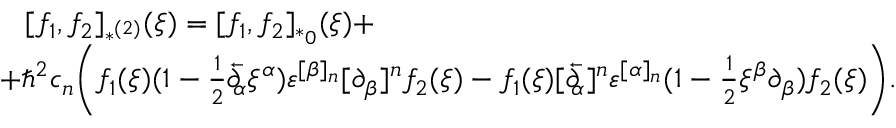
\begin{array} { l } { { \, \, \, \, \, [ f _ { 1 } , f _ { 2 } ] _ { * ^ { ( 2 ) } } ( \xi ) = [ f _ { 1 } , f _ { 2 } ] _ { * _ { 0 } } ( \xi ) + } } \\ { { + \hbar ^ { 2 } c _ { n } \biggl ( f _ { 1 } ( \xi ) ( 1 - { \frac { 1 } { 2 } } \overleftarrow \partial \! \! _ { \alpha } \xi ^ { \alpha } ) \varepsilon ^ { [ \beta ] _ { n } } [ \partial _ { \beta } ] ^ { n } f _ { 2 } ( \xi ) - f _ { 1 } ( \xi ) [ \overleftarrow \partial \! \! _ { \alpha } ] ^ { n } \varepsilon ^ { [ \alpha ] _ { n } } ( 1 - { \frac { 1 } { 2 } } \xi ^ { \beta } \partial _ { \beta } ) f _ { 2 } ( \xi ) \biggr ) . } } \end{array}